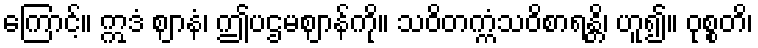
ကြောင့်။ ဣဒံ ဈာနံ၊ ဤပဌမဈာန်ကို။ သဝိတက္ကံသဝိစာရန္တိ၊ ဟူ၍။ ဝုစ္စတိ၊